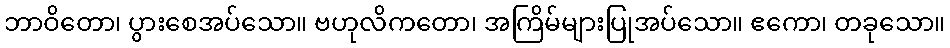
ဘာဝိတော၊ ပွားစေအပ်သော။ ဗဟုလိကတော၊ အကြိမ်များပြုအပ်သော။ ဧကော၊ တခုသော။